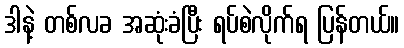
ဒါနဲ့ တစ်လခ အဆုံးခံပြီး ရပ်စဲလိုက်ရ ပြန်တယ်။